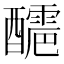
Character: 𨣬